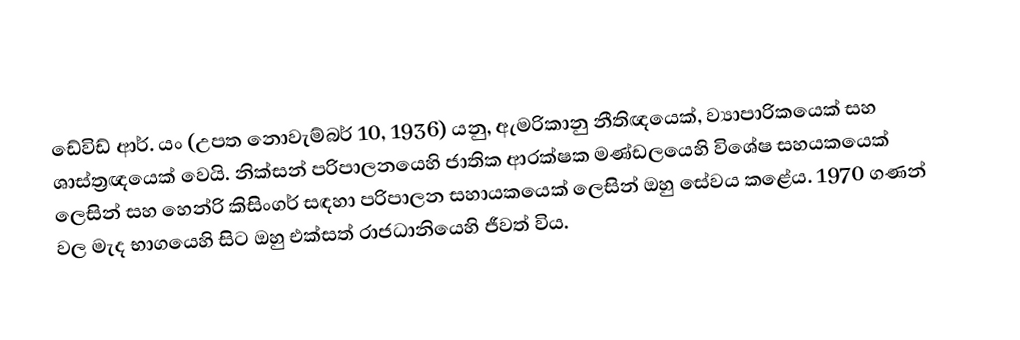
ඩේවිඩ් ආර්. යං (උපත නොවැම්බර් 10, 1936) යනු, ඇමරිකානු නීතිඥයෙක්, ව්‍යාපාරිකයෙක් සහ ශාස්ත්‍රඥයෙක් වෙයි. නික්සන් පරිපාලනයෙහි  ජාතික ආරක්ෂක මණ්ඩලයෙහි විශේෂ සහයකයෙක් ලෙසින් සහ හෙන්රි කිසිංගර් සඳහා පරිපාලන සහායකයෙක් ලෙසින් ඔහු සේවය කළේය. 1970 ගණන් වල මැද භාගයෙහි සිට ඔහු එක්සත් රාජධානියෙහි ජීවත් විය.